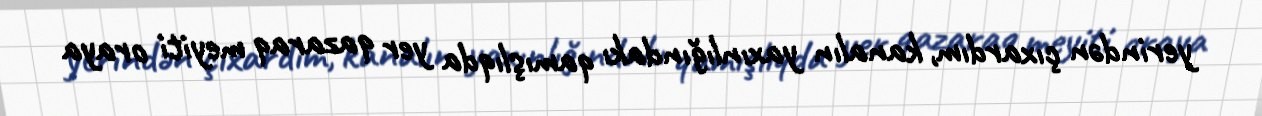
yerindən çıxardım, kanalın yaxınlığındakı qamışlıqda yer qazaraq meyiti oraya